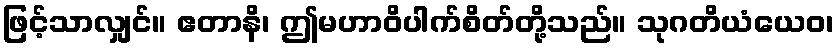
ဖြင့်သာလျှင်။ ဧတာနိ၊ ဤမဟာဝိပါက်စိတ်တို့သည်။ သုဂတိယံယေဝ၊